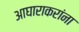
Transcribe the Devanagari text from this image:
आघाराकरांना